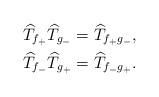
LaTeX: \begin{align*}\widehat{T}_{f_{+}}\widehat{T}_{g_{-}}&=\widehat{T}_{f_{+}g_{-}},\\\widehat{T}_{f_{-}}\widehat{T}_{g_{+}}&=\widehat{T}_{f_{-}g_{+}}.\end{align*}